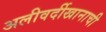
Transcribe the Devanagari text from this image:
अलीवर्दीखानाची